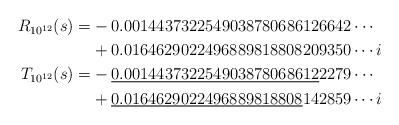
LaTeX: \begin{align*}R_{10^{12}}(s)=&-0.0014437322549038780686126642\cdots \\ &+0.0164629022496889818808209350\cdots i \\T_{10^{12}}(s)=&-\underline{0.001443732254903878068612}2279\cdots \\ &+\underline{0.0164629022496889818808}142859\cdots i \end{align*}